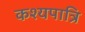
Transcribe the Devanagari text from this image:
कश्यपात्रि